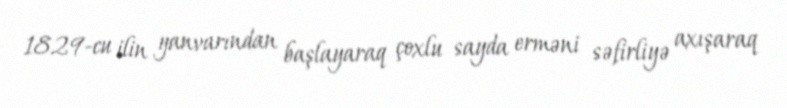
1829-cu ilin yanvarından başlayaraq çoxlu sayda erməni səfirliyə axışaraq